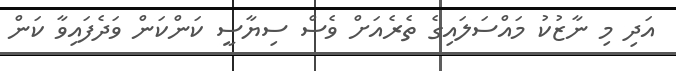
އަދި މި ނާޒުކު މައްސަލައިގެ ތެރެއަށް ވެސް ސިޔާސީ ކަންކަން ވަދެފައިވާ ކަން